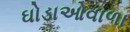
ઘોડાઓવાળા